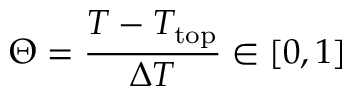
\Theta = \frac { T - T _ { \mathrm { t o p } } } { \Delta T } \in [ 0 , 1 ]